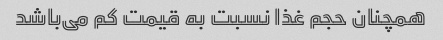
همچنان حجم غذا نسبت به قیمت کم می‌باشد